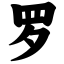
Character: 罗